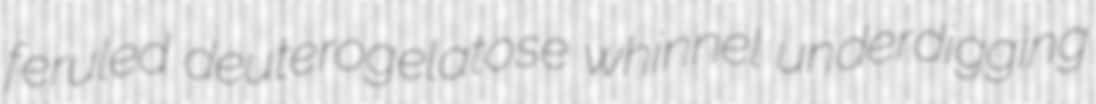
feruled deuterogelatose whinnel underdigging